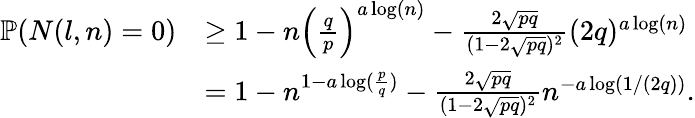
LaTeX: \begin{array}{rl}{\mathbb{P}(N(l,n)=0)}&{\geq 1-n\left(\frac{q}{p}\right)^{a\log(n)}-\frac{2\sqrt{pq}}{(1-2\sqrt{pq})^{2}}(2q)^{a\log(n)}}\\ &{=1-n^{1-a\log(\frac{p}{q})}-\frac{2\sqrt{pq}}{(1-2\sqrt{pq})^{2}}n^{-a\log(1/(2q))}.}\end{array}